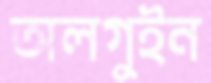
অলগুইন